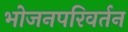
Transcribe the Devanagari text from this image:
भोजनपरिवर्तन